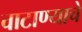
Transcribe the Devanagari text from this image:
वाटाण्याचे